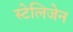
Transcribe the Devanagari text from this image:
स्टेलिजेन